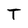
Character: T